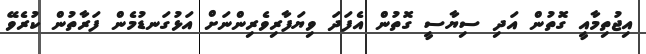
އިޖުތިމާއީ ގޮތުން އަދި ސިޔާސީ ގޮތުން އެފަދަ ވިޔަފާރިވެރިންނަށް އަޅުގަނޑުމެން ފަރާތުން ކުރެވޭ